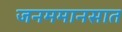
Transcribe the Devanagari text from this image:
जनममानसात